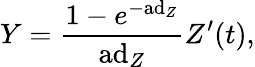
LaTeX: Y={\frac{1-e^{-\mathrm{ad}_{Z}}}{\mathrm{ad}_{Z}}}Z^{\prime}(t),